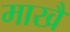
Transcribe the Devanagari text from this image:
माखै